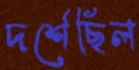
দর্শেছিল